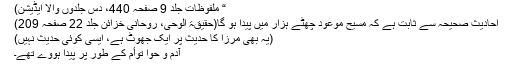
“ ملفوظات جلد 9 صفحہ 440، دس جلدوں والا ایڈیشن)
احادیث صحیحہ سے ثابت ہے کہ مسیح موعود چھٹے ہزار میں پیدا ہو گا(حقیقۃ الوحی، روحانی خزائن جلد 22 صفحہ 209)
(یہ بھی مرزا کا حدیث پر ایک جھوٹ ہے، ایسی کوئی حدیث نہیں)
آدم و حوا توأم کے طور پر پیدا ہووے تھے۔